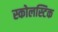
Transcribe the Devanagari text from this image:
स्कोलस्टिक